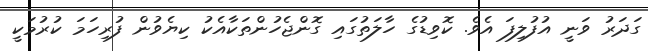
ގަދަރު ވަނީ އުފުލިފަ އެވެ. ކޮވިޑުގެ ހާލަތުގައި ގޮންޖެހުންތަކާއެކު ކިޔެވުން ފުރިހަމަ ކުރުމަކީ